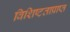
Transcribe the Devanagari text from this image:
विशिष्टताप्राप्त